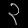
Digit: ၃